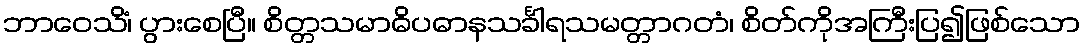
ဘာဝေသိံ၊ ပွားစေပြီ။ စိတ္တသမာဓိပဓာနသင်္ခါရသမတ္တာဂတံ၊ စိတ်ကိုအကြီးပြ၍ဖြစ်သော